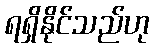
ရရှိနိုင်သည်ဟု